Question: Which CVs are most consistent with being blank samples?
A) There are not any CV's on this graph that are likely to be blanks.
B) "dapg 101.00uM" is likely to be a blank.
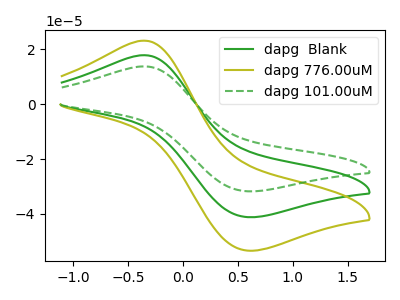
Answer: <think>The green curve "dapg  Blank" has an anodic peak at (-0.35V, 17.85uA) and a cathodic peak at (0.60V, -41.15uA). The olive curve "dapg 776.00uM" has an anodic peak at (-0.35V, 35.70uA) and a cathodic peak at (0.60V, -82.30uA). The green dashed curve "dapg 101.00uM" has an anodic peak at (-0.35V, 13.80uA) and a cathodic peak at (0.60V, -31.75uA).</think>
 <answer>A) There are not any CV's on this graph that are likely to be blanks.</answer>
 <eval>A</eval>